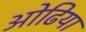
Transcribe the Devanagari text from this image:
ओढिया